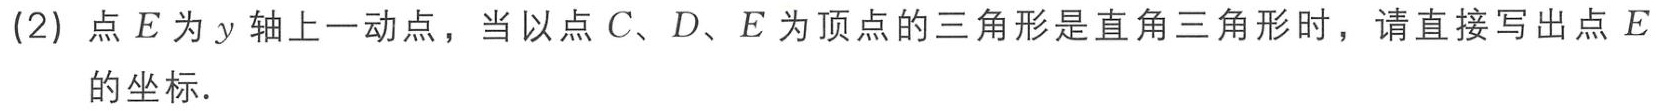
(2) 点\(E\)为\(y\)轴上一动点，当以点\(C、D、E\)为顶点的三角形是直角三角形时，请直接写出点\(E\)的坐标.